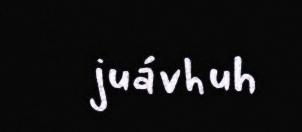
juávhuh